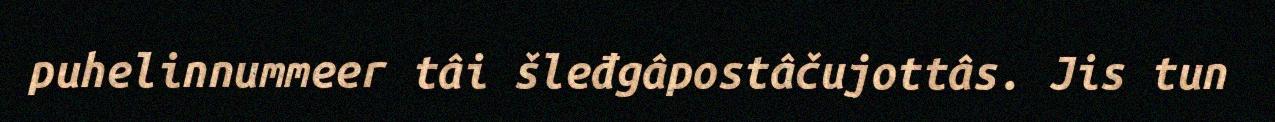
puhelinnummeer tâi šleđgâpostâčujottâs. Jis tun